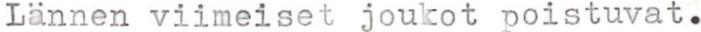
Lännen viimeiset joukot poistuvat.